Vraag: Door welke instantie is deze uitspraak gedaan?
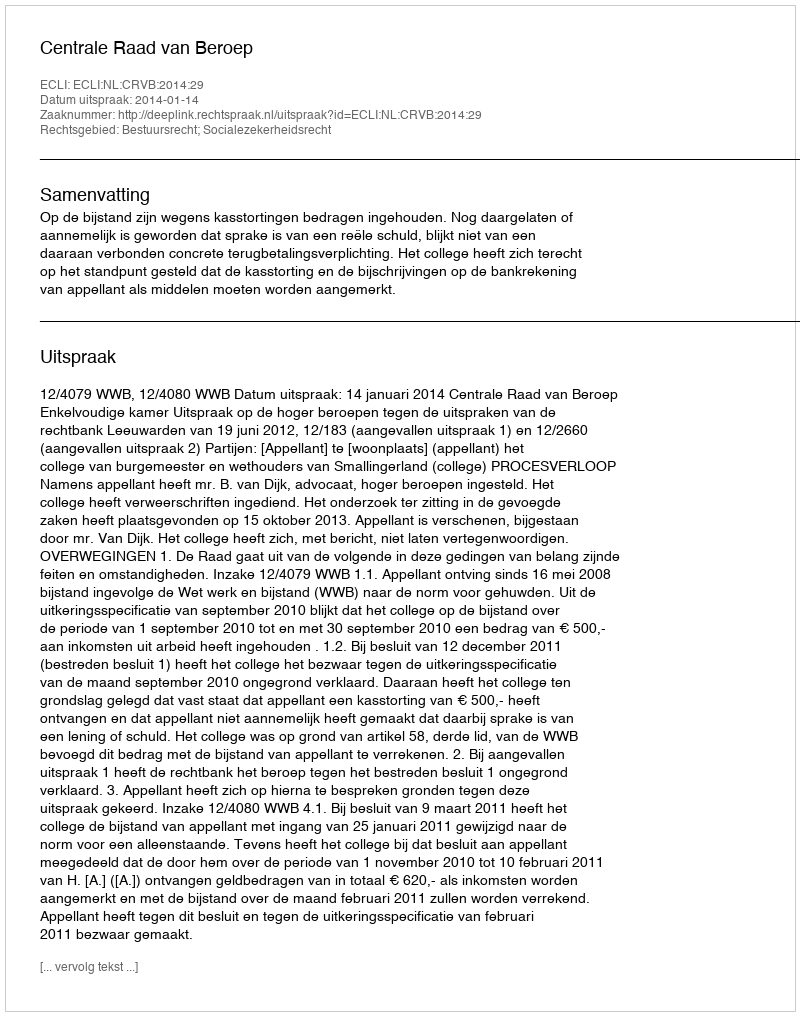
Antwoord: Centrale Raad van Beroep